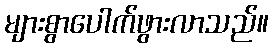
များစွာပေါက်ဖွားလာသည်။